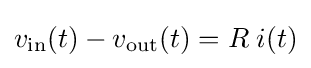
v_{\text{in}}(t)-v_{\text{out}}(t)=R\;i(t)